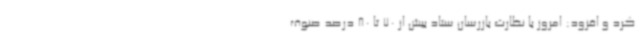
کرد و افزود: امروز با نظارت بازرسان ستاد بیش از 70 تا 80 درصد صنوف